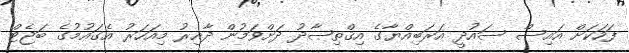
ފަހަކަށް އައިސް ސައުދީ އަރަބިއްޔާގެ އިޤްތިޞާދު ދަށްވަމުން ދާއިރު މިއަހަރު އެގައުމުގެ ބަޖެޓް